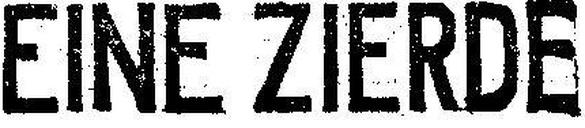
EINE ZIERDE